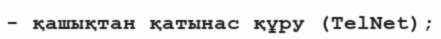
- қашықтан қатынас құру (TelNet);